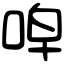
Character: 唕